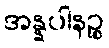
အန္နပါနဉ္စ